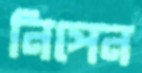
নিপেন